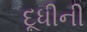
દૂધીની